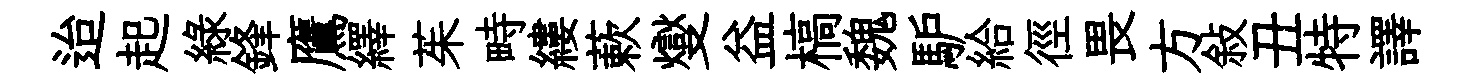
迨起綠鋒鷹繹茱畤縷蔌燮益槁魏馿給徑畏方敍丑特譯